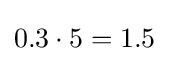
0.3\cdot 5=1.5